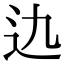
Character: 𨑍